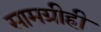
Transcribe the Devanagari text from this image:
सामग्रीही